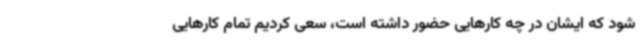
شود که ایشان در چه کارهایی حضور داشته است، سعی کردیم تمام کارهایی